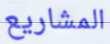
المشاريع